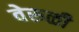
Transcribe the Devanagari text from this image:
वेरुळी